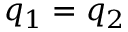
q _ { 1 } = q _ { 2 }